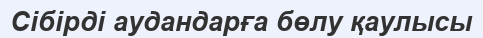
Сібірді аудандарға бөлу қаулысы